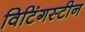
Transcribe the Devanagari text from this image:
विटिंगस्टीन